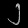
Digit: ၂